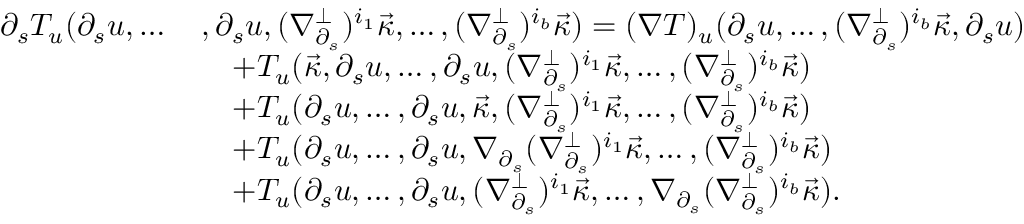
\begin{array} { r l } { \partial _ { s } T _ { u } ( \partial _ { s } u , \dots \, } & { , \partial _ { s } u , ( \nabla _ { \partial _ { s } } ^ { \perp } ) ^ { i _ { 1 } } \vec { \kappa } , \dots , ( \nabla _ { \partial _ { s } } ^ { \perp } ) ^ { i _ { b } } \vec { \kappa } ) = ( \nabla T ) _ { u } ( \partial _ { s } u , \dots , ( \nabla _ { \partial _ { s } } ^ { \perp } ) ^ { i _ { b } } \vec { \kappa } , \partial _ { s } u ) } \\ & { \quad + T _ { u } ( \vec { \kappa } , \partial _ { s } u , \dots , \partial _ { s } u , ( \nabla _ { \partial _ { s } } ^ { \perp } ) ^ { i _ { 1 } } \vec { \kappa } , \dots , ( \nabla _ { \partial _ { s } } ^ { \perp } ) ^ { i _ { b } } \vec { \kappa } ) } \\ & { \quad + T _ { u } ( \partial _ { s } u , \dots , \partial _ { s } u , \vec { \kappa } , ( \nabla _ { \partial _ { s } } ^ { \perp } ) ^ { i _ { 1 } } \vec { \kappa } , \dots , ( \nabla _ { \partial _ { s } } ^ { \perp } ) ^ { i _ { b } } \vec { \kappa } ) } \\ & { \quad + T _ { u } ( \partial _ { s } u , \dots , \partial _ { s } u , \nabla _ { \partial _ { s } } ( \nabla _ { \partial _ { s } } ^ { \perp } ) ^ { i _ { 1 } } \vec { \kappa } , \dots , ( \nabla _ { \partial _ { s } } ^ { \perp } ) ^ { i _ { b } } \vec { \kappa } ) } \\ & { \quad + T _ { u } ( \partial _ { s } u , \dots , \partial _ { s } u , ( \nabla _ { \partial _ { s } } ^ { \perp } ) ^ { i _ { 1 } } \vec { \kappa } , \dots , \nabla _ { \partial _ { s } } ( \nabla _ { \partial _ { s } } ^ { \perp } ) ^ { i _ { b } } \vec { \kappa } ) . } \end{array}